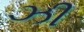
ઝી